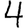
Digit: 4